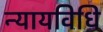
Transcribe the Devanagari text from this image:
न्यायविधि